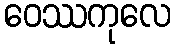
ဝေဿကုလေ